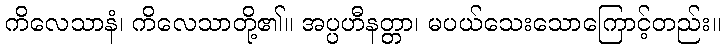
ကိလေသာနံ၊ ကိလေသာတို့၏။ အပ္ပဟီနတ္တာ၊ မပယ်သေးသောကြောင့်တည်း။